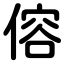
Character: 傛